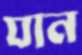
যান